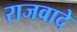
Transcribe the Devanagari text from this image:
राजवादे